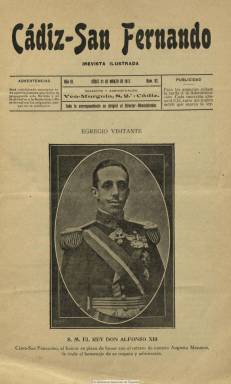
Título: Cádiz-San Fernando
Otros títulos: Cádiz San Fernando
Colección: Revistas de información general
Ámbito geográfico: Cádiz
Lugar de publicación: Cádiz
Fechas: 21/03/1917-30/05/1918

Revista ilustrada de periodicidad decenal cuya dirección es atribuida al literato, poeta modernista y diplomático gaditano Eduardo de Ory y Sevilla (1884-1939), padre del también escritor Carlos Edmundo de Ory (1923-2010). De Ory ya habría dirigido anteriormente las revistas literario-artísticas Azul (1907) y Diana (1909-1914), y esta última será sustituida por la titulada Cádiz-San Fernando, que publicará su primer número el once de septiembre de 1914. Sus entregas son de dieciséis páginas, y la mitad de ellas contienen anuncios comerciales.

En sus restantes ocho páginas de texto abundan las colaboraciones literarias tanto en prosa como en verso, junto a fotograbados de actualidad, referidos a la guerra europea como a la vida social gaditana, andaluza y española, además de caricaturas de personajes políticos. Debió estar dirigida más a un publico femenino, y entre sus suscriptores regalaba décimos de lotería, obras literarias, álbumes de postales o vales para fotografiarse gratis en un estudio de la ciudad.

Entre las firmas de sus textos aparecen las iniciales E.O., que deben corresponder a su director. Entre los autores de sus colaboraciones se encuentran Emilio Carrere, Vicente Ortiz Belmonte, Diego López Rico, Manuel Corvera, Jacinto Verdaguer, Alejandro Pidal y Mon o Narciso Díaz de Escovar. Tuvo secciones bajo los epígrafes Miscelánea, Comentarios, Divagaciones y Página de oro. Ofrece también crónicas y reportajes sobre actividades y ecos de la sociedad gaditana.

Su colección en la Biblioteca Nacional de España es incompleta. El 135 es el último número, de 30 de mayo de 1918, correspondiente a su quinto año de edición. Manuel José Ramos Ortega ha estudiado la obra poética de Eduardo de Ory.